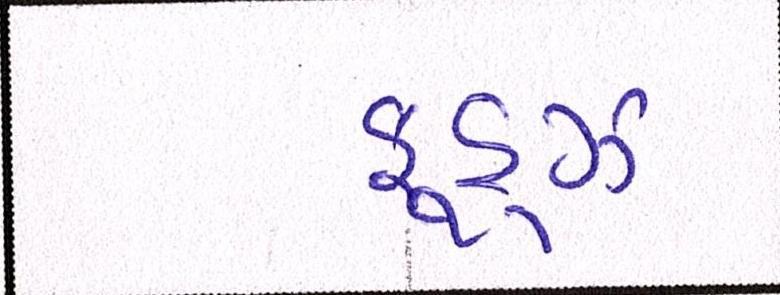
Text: ફૂડ્ઝ